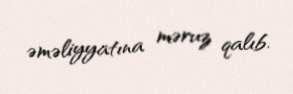
əməliyyatına məruz qalıb.